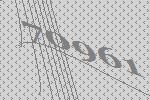
70961